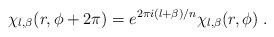
LaTeX: \begin{align*}\chi_{l,\beta}(r,\phi+2\pi)=e^{2\pi i (l+\beta)/n}\chi_{l,\beta}(r,\phi)\; .\end{align*}